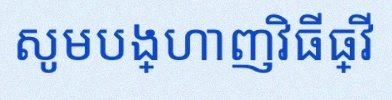
សូមបង្ហាញវិធីធ្វើ